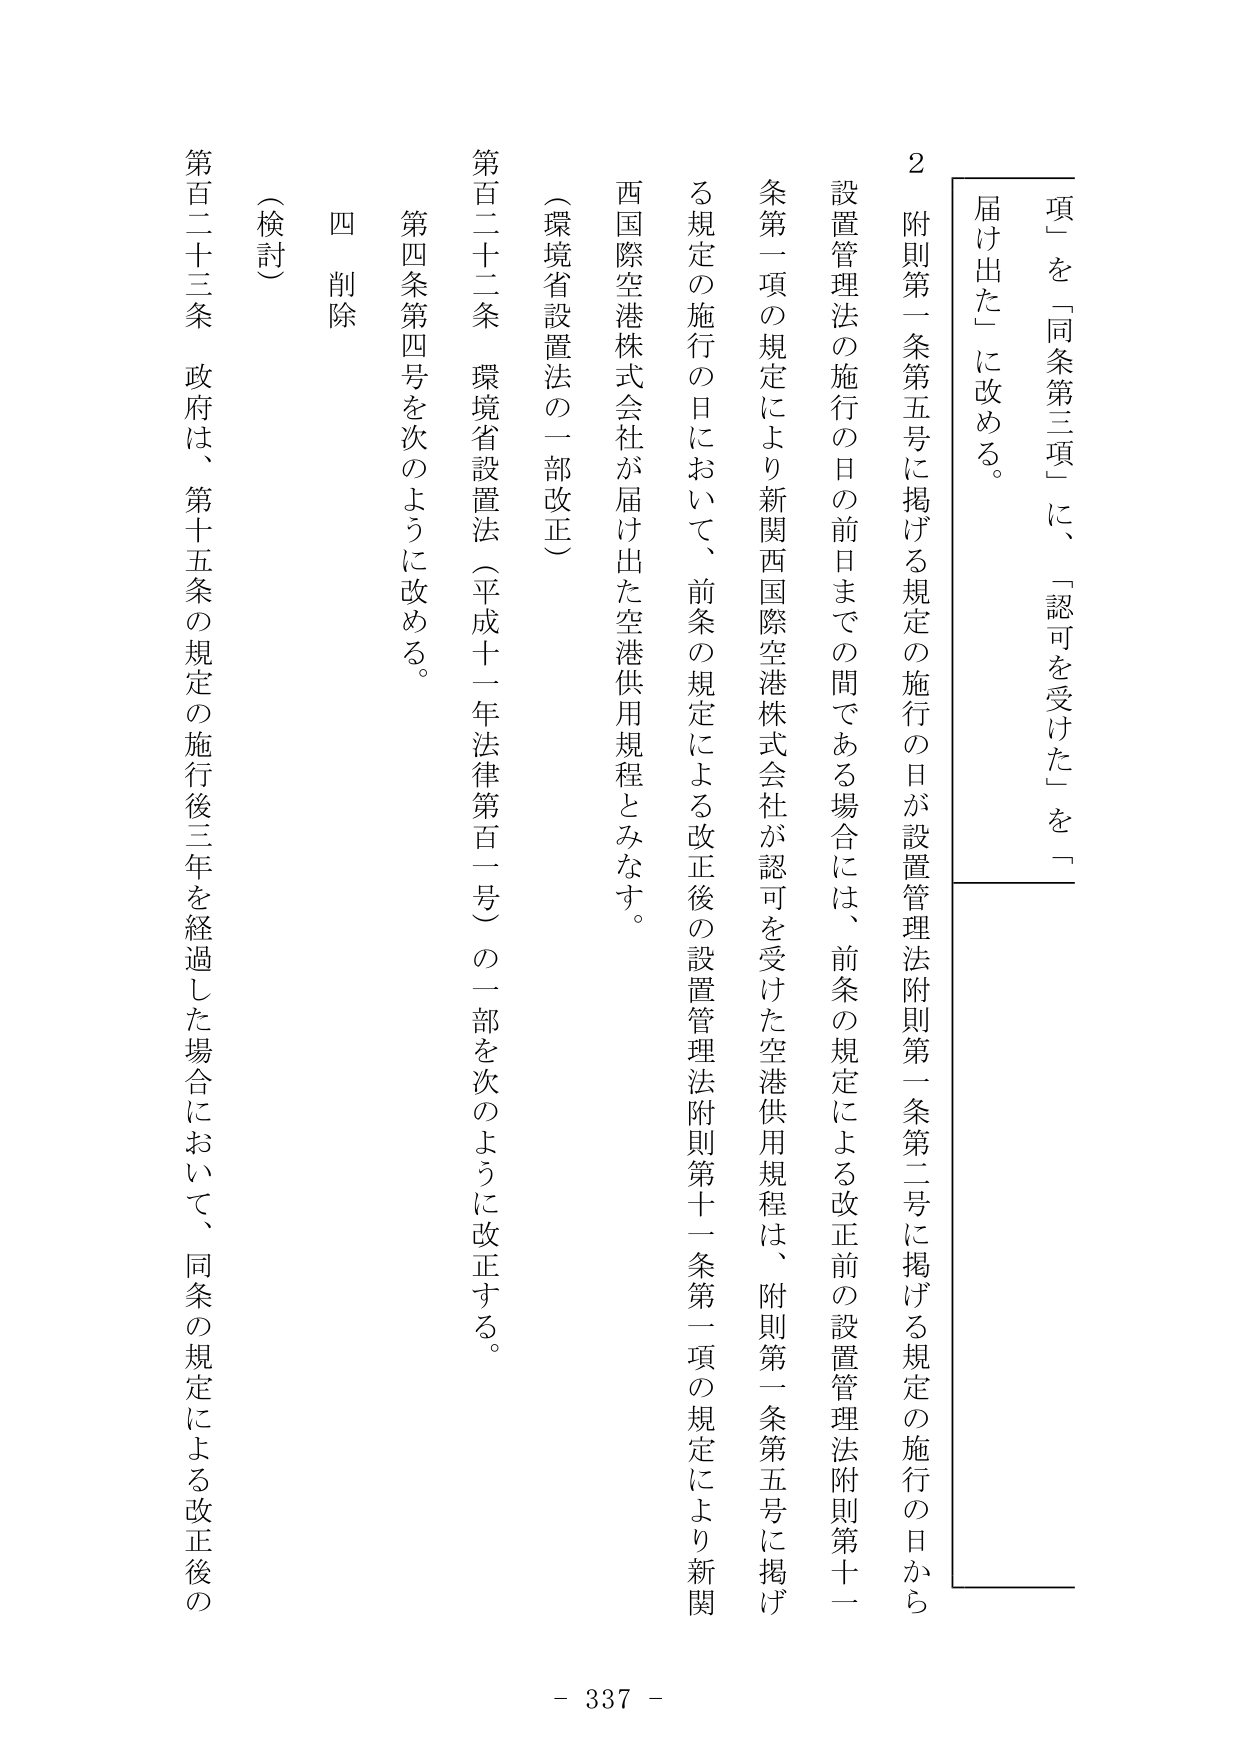
項」を「同条第三項」に、「認可を受けた」を「
届け出た」に改める。
2 附則第一条第五号に掲げる規定の施行の日が設置管理法附則第一条第二号に掲げる規定の施行の日から
設置管理法の施行の日の前日までの間である場合には、前条の規定による改正前の設置管理法附則第十一
条第一項の規定により新関西国際空港株式会社が認可を受けた空港供用規程は、附則第一条第五号に掲げ
る規定の施行の日において、前条の規定による改正後の設置管理法附則第十一条第一項の規定により新関
西国際空港株式会社が届け出た空港供用規程とみなす。
（環境省設置法の一部改正）
第百二十二条 環境省設置法（平成十一年法律第百一号）の一部を次のように改正する。
第四条第四号を次のように改める。
四 削除
（検討）
第百二十三条 政府は、第十五条の規定の施行後三年を経過した場合において、同条の規定による改正後の
- 337 -